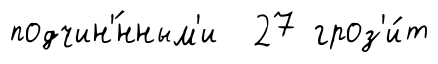
подчин'́нным'и 27 гроз'и́т